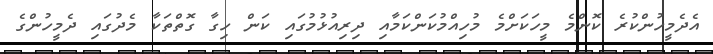
އެދެމީހުންކުރެ ކޮންމެ މީހަކަށްމެ މުހިއްމުކަންކަމާއި ދިރިއުޅުމުގައި ކަން ހިގާ ގޮތްތަކާ މެދުގައި ދެމީހުންގެ